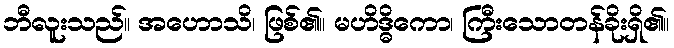
ဘီလူးသည်။ အဟောသိ၊ ဖြစ်၏။ မဟိဒ္ဓိကော၊ ကြီးသောတန်ခိုးရှိ၏။